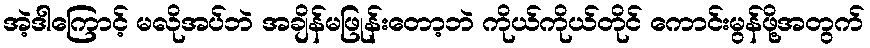
အဲ့ဒါကြောင့် မလိုအပ်ဘဲ အချိန်မဖြုန်းတော့ဘဲ ကိုယ်ကိုယ်တိုင် ကောင်းမွန်ဖို့အတွက်